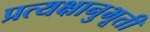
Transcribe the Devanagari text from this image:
प्रत्यक्षानुभूती